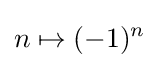
n\mapsto (-1)^{n}